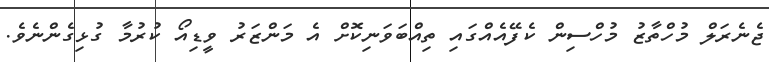
ޖެނެރަލް މުހްތާޒު މުހްސިން ކެފޭއެއްގައި ތިއްބަވަނިކޮށް އެ މަންޒަރު ވީޑިއޯ ކުރުމާ ގުޅިގެންނެވެ.